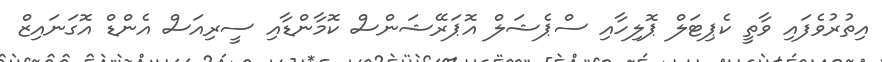
އިތުރުވެފައި ވާތީ ކެޕިޓަލް ޕޮލިހާއި ސްޕެޝަލް އޮޕަރޭޝަންސް ކޮމާންޑާއި ސީރިއަސް އެންޑް އޮގަނައިޒް